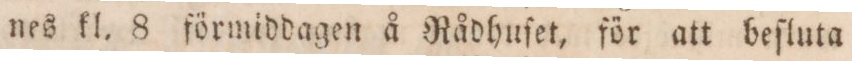
nes kl. 8 förmiddagen å Rådhuſet, för att beſluta